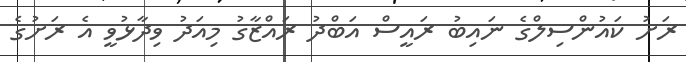
ރަށު ކައުންސިލްގެ ނައިބު ރައީސް އަބްދު ރައްޒާގު މިއަދު ވިދާޅުވީ އެ ރަށުގެ